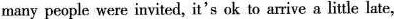
many people were invited, it's ok to arive a little late,